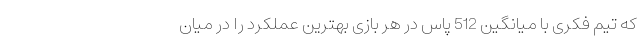
که تیم فکری با میانگین 512 پاس در هر بازی بهترین عملکرد را در میان